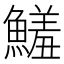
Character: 鱃